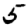
Digit: 5